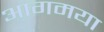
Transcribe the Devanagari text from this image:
आगमया